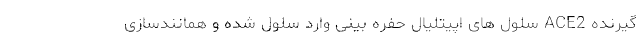
گیرنده ACE2 سلول های اپیتلیال حفره بینی وارد سلول شده و همانندسازی